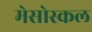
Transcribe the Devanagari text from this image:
मेसोस्कल